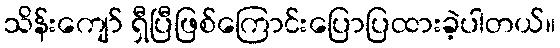
သိန်းကျော် ရှီပြီဖြစ်ကြောင်းပြောပြထားခဲ့ပါတယ်။